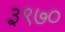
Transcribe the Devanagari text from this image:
३९७०